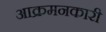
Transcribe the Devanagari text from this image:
आक्रमनकारी